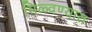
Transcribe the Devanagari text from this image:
मिळ्वण्यात